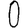
Digit: 0